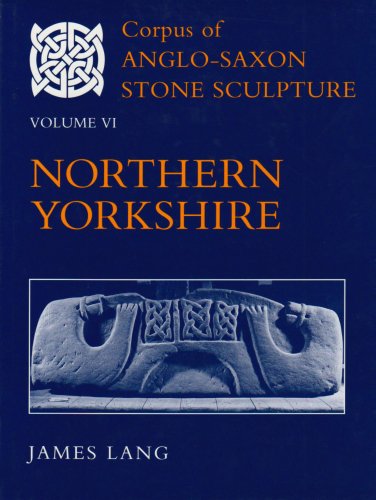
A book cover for Corpus of Anglo-Saxon Stone Sculpture: Volume VI: Northern Yorkshire; James Lang; Arts & Photography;